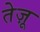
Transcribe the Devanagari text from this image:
तेज़ू